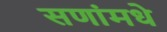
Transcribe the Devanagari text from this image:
सणांमधे